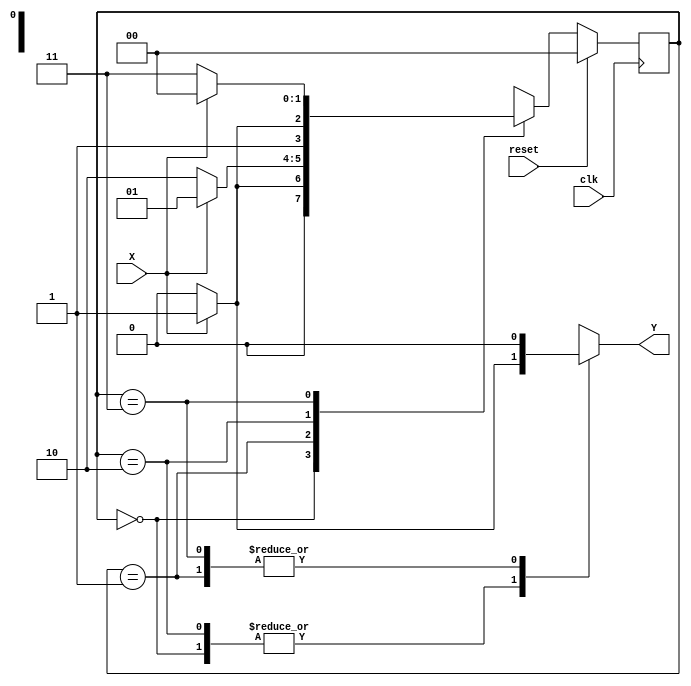
`timescale 1ns / 1ps
//////////////////////////////////////////////////////////////////////////////////
// Company: 
// Engineer: 
// 
// Design Name: 
// Module Name:    B200_state_machine 
// Project Name: 
// Target Devices: 
// Tool versions: 
// Description: 
//
// Dependencies: 
//
// Revision: 
// Revision 0.01 - File Created
// Additional Comments: 
//
//////////////////////////////////////////////////////////////////////////////////
module state_machine(
    input clk,
    input reset,
    input X,
    output reg Y
    );


reg [1:0] state = 0;							
reg [1:0] nextstate = 0;

always @(posedge clk)
	begin
		if(reset)
			begin
				state <= 0;						// <= is reset of real flop with real clock edge
			end
		else
			state <= nextstate;				// <= is the actual setting of the state D-FF with real clock edge
	end

always @(*)										// determination of future state given circumstances at this instant
	begin
	      Y = 0;					// = is setting thing I have to remember for a while
		case (state)
			0:
				begin
					if (X == 0)
					 begin
						nextstate = 0;
						Y = 0;
					 end
					else
					 begin
						nextstate = 1;
						Y = 1;
					 end
				end
			1:
				begin
				    Y = 0;
					if (X == 0)
					 begin
						nextstate = 2;
					 end
					else
					 begin
						nextstate = 1;
					 end
				end
			2:
				begin
					if (X == 0)
					 begin
						nextstate = 2;
						Y = 0;
					 end
					else
					 begin
						nextstate = 3;
						Y = 1;
					 end
				end
			3:
				begin
				    Y = 0;
					if (X == 0)
					 begin
						nextstate = 3;
					 end
					else
					 begin
						nextstate = 0;
					 end
				end
		endcase
	end

endmodule